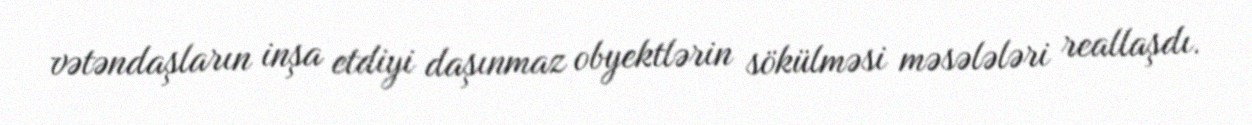
vətəndaşların inşa etdiyi daşınmaz obyektlərin sökülməsi məsələləri reallaşdı.